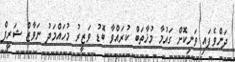
ދަންވެފައި ވަނިކޮށް ގައުމާ މުޚާތަބް ކުރައްވާ ބޮޑު ވަޒީރު މުހައްމަދު ނަވާޒް ޝަރީފް